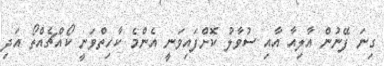
ގިނަ ފޭނުން އާލިއާ އާއި ސުވާލު ކޮށްފައިވަނީ އެންމެ ކާހިތްވަނީ ކޯއްޗެއްތޯ އަދި